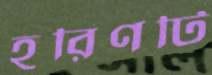
হরিণটি